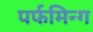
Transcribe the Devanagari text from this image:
पर्फमिन्ग